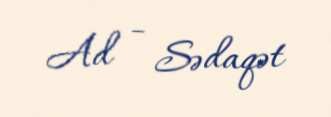
Ad - Sədaqət